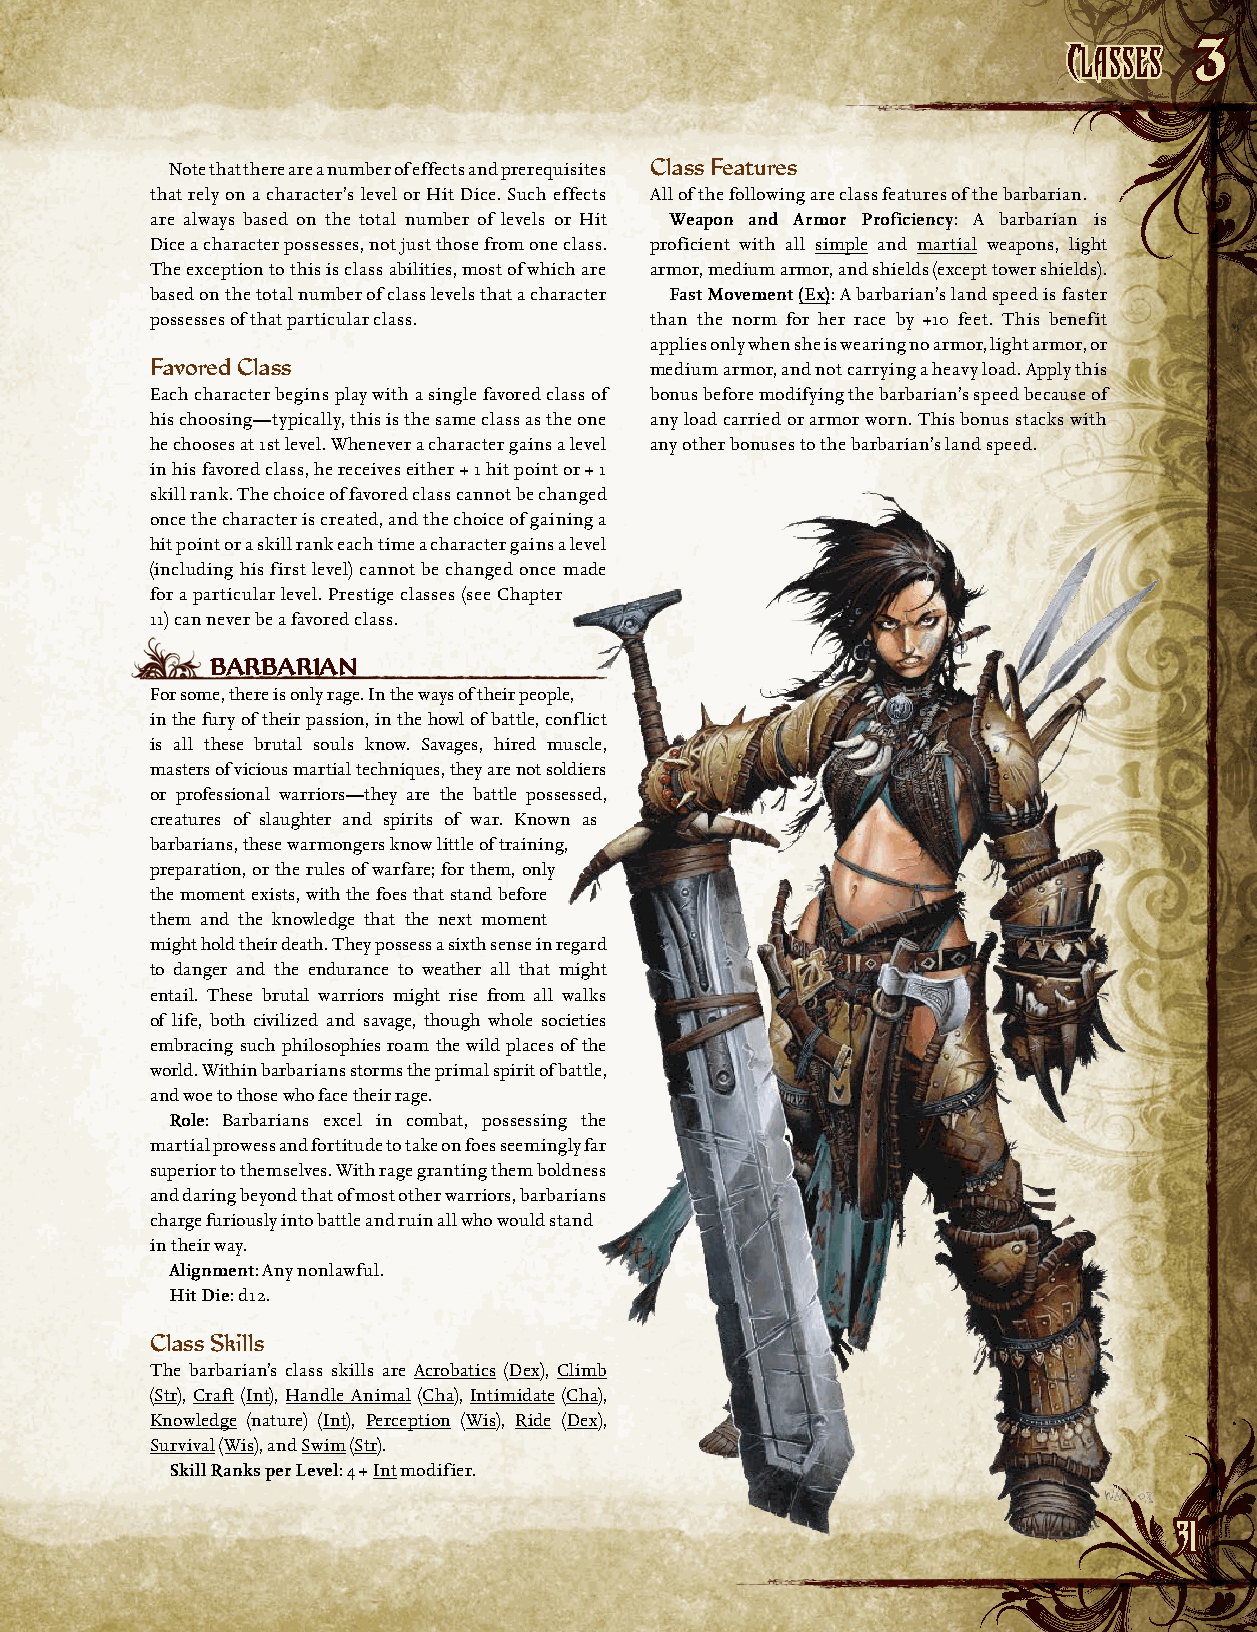
CCllaasssseess
 3
 Note that there are a number of effects and prerequisites Class Features
 that rely on a character’s level or Hit Dice. Such effects All of the following are class features of the barbarian.
 are always based on the total number of levels or Hit Weapon and Armor Proficiency: A barbarian is
 Dice a character possesses, not just those from one class. proficient with all simple and martial weapons, light
 The exception to this is class abilities, most of which are armor, medium armor, and shields (except tower shields).
 based on the total number of class levels that a character Fast Movement (Ex): A barbarian’s land speed is faster
 possesses of that particular class. than the norm for her race by +10 feet. This benefit
 applies only when she is wearing no armor, light armor, or
 Favored Class                    medium armor, and not carrying a heavy load. Apply this
 Each character begins play with a single favored class of bonus before modifying the barbarian’s speed because of
 his choosing—typically, this is the same class as the one any load carried or armor worn. This bonus stacks with
 he chooses at 1st level. Whenever a character gains a level any other bonuses to the barbarian’s land speed.
 in his favored class, he receives either + 1 hit point or + 1
 skill rank. The choice of favored class cannot be changed
 once the character is created, and the choice of gaining a
 hit point or a skill rank each time a character gains a level
 (including his first level) cannot be changed once made
 for a particular level. Prestige classes (see Chapter
 11) can never be a favored class.
 BArBAriAN
 For some, there is only rage. In the ways of their people,
 in the fury of their passion, in the howl of battle, conflict
 is all these brutal souls know. Savages, hired muscle,
 masters of vicious martial techniques, they are not soldiers
 or professional warriors—they are the battle possessed,
 creatures of slaughter and spirits of war. Known as
 barbarians, these warmongers know little of training,
 preparation, or the rules of warfare; for them, only
 the moment exists, with the foes that stand before
 them and the knowledge that the next moment
 might hold their death. They possess a sixth sense in regard
 to danger and the endurance to weather all that might
 entail. These brutal warriors might rise from all walks
 of life, both civilized and savage, though whole societies
 embracing such philosophies roam the wild places of the
 world. Within barbarians storms the primal spirit of battle,
 and woe to those who face their rage.
 Role: Barbarians excel in combat, possessing the
 martial prowess and fortitude to take on foes seemingly far
 superior to themselves. With rage granting them boldness
 and daring beyond that of most other warriors, barbarians
 charge furiously into battle and ruin all who would stand
 in their way.
 Alignment: Any nonlawful.
 Hit Die: d12.
 Class Skills
 The barbarian’s class skills are Acrobatics (Dex), Climb
 (Str), Craft (Int), Handle Animal (Cha), Intimidate (Cha),
 Knowledge (nature) (Int), Perception (Wis), Ride (Dex),
 Survival (Wis), and Swim (Str).
 Skill Ranks per Level: 4 + Int modifier.
 3311